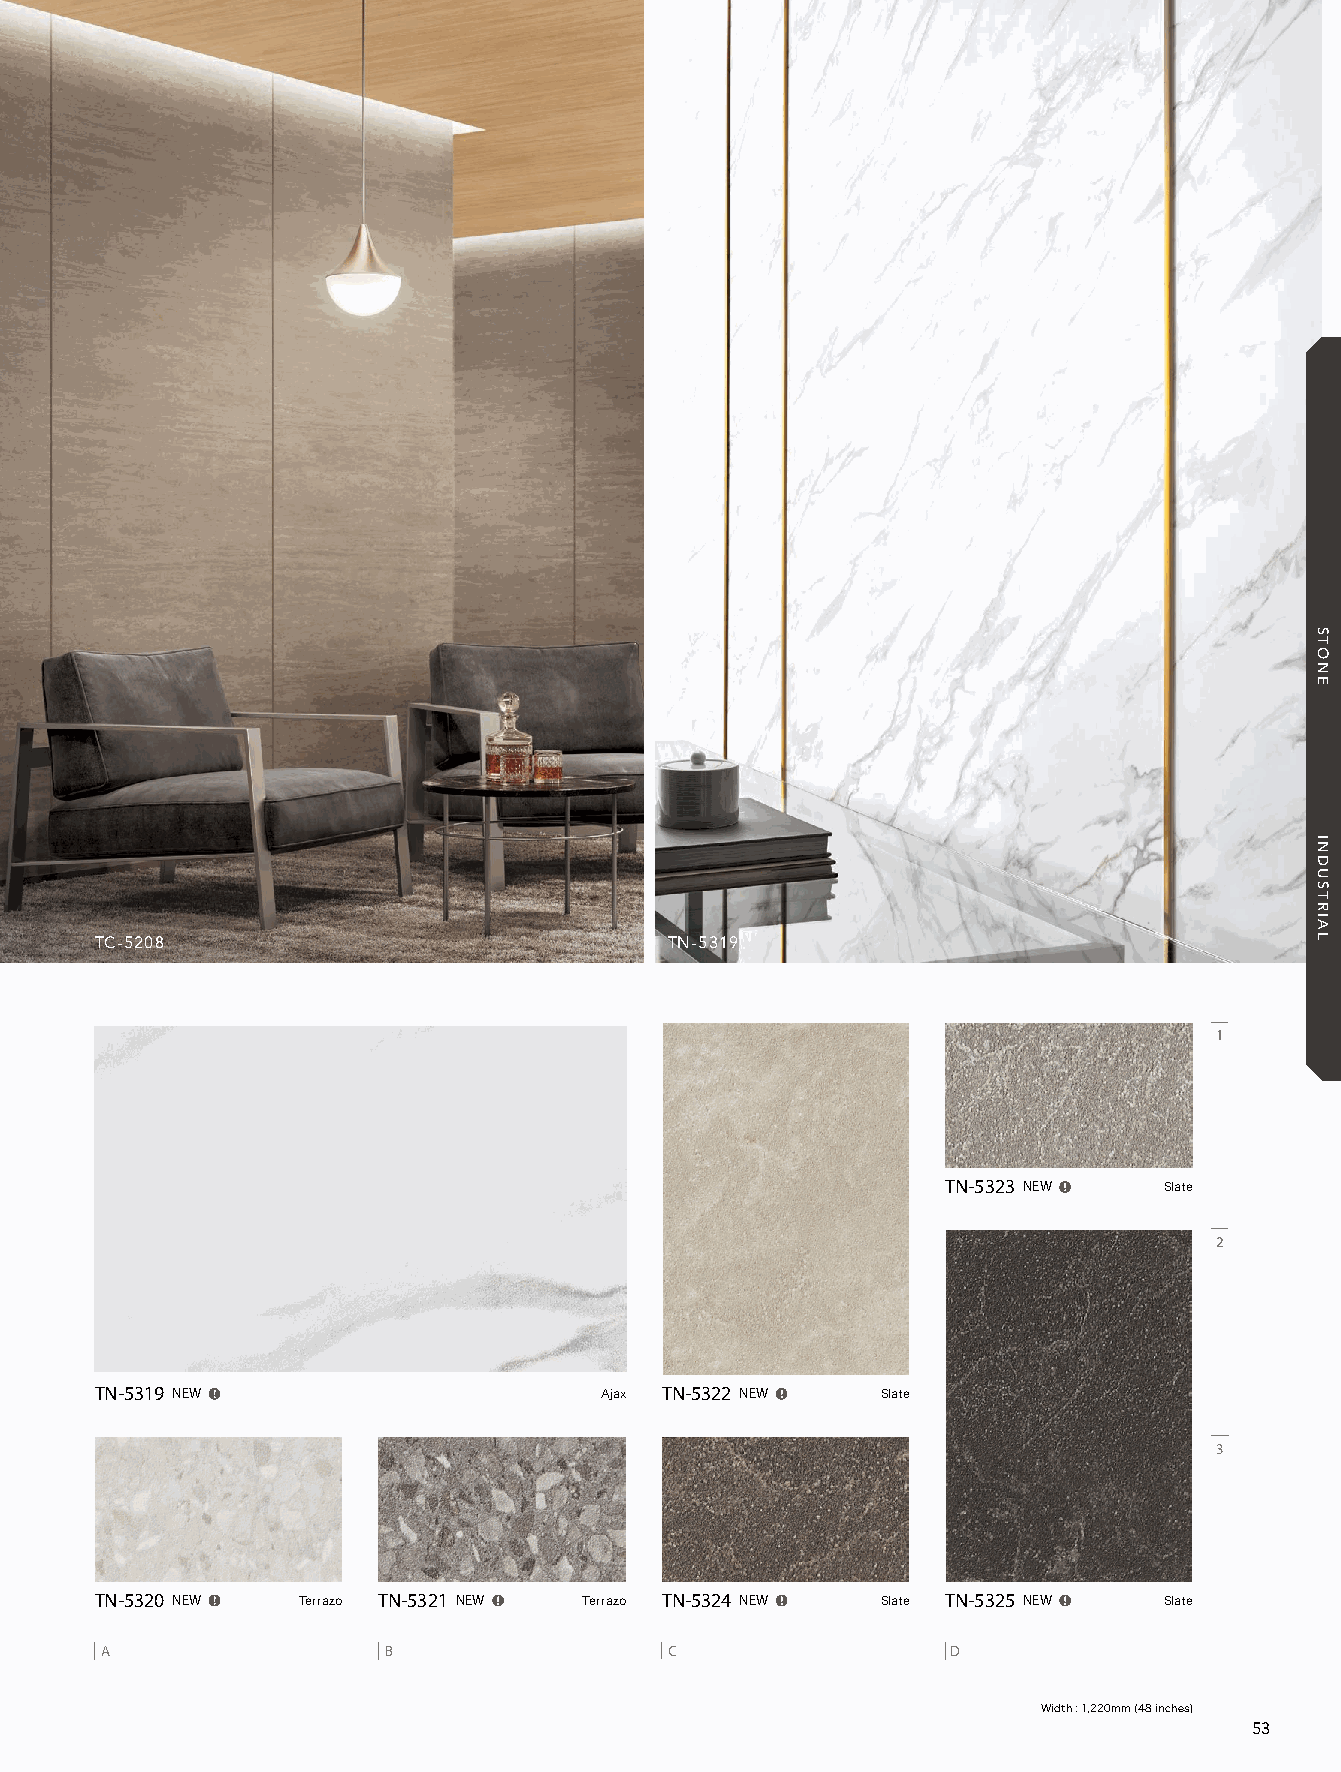
21_REATEC_vol11_P53-C1_KOROSEAL 21/11/16out 🅲🅼🆈🅺
 TC-5208                               TN-5319
 1
 TN-5323 NEW  Slate
 2
 TN-5319 NEW                      Ajax TN-5322 NEW  Slate
 3
 TN-5320 NEW  Terrazo TN-5321 NEW  Terrazo TN-5324 NEW  Slate TN-5325 NEW  Slate
 A                 B                  C                  D
 Width : 1,220mm (48 inches)
 53
 STONE
 INDUSTRIAL